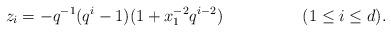
LaTeX: \begin{align*} z_ i &= - q^{-1} (q^i-1)(1 + x_1^{-2} q^{i-2}) && (1 \leq i \leq d).\end{align*}